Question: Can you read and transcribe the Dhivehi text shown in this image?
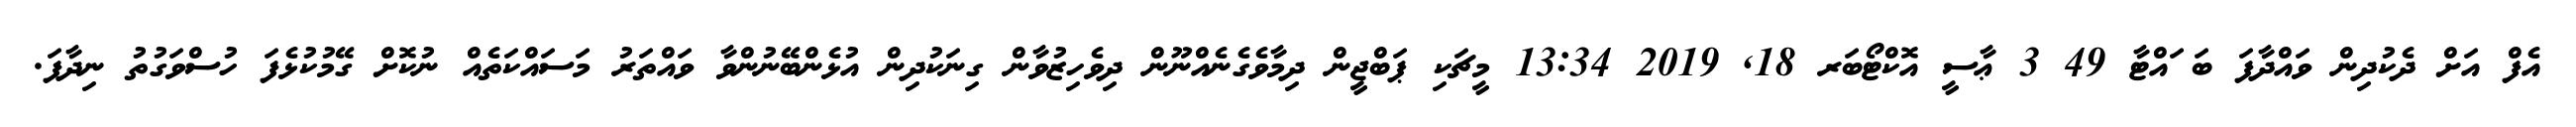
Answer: އެފް އަށް ދެކުދިން ވައްދާފަ ބަ ައްޓާ 49 3 ޢާސީ އޮކްޓޯބަރ 18, 2019 13:34 މީޗަކި ޕަބްޖީން ދިމާވެގެނެއްނޫން ދިވެހިޒުވާން ގިނަކުދިން އުޅެންބޭނުންވާ ވައްތަރު މަސައްކަތެއް ނުކޮށް ގޭމުކުޅެފަ ހުސްވަގުތު ނިދާފަ.